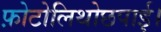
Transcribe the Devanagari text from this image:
फ़ोटोलिथोछपाई।